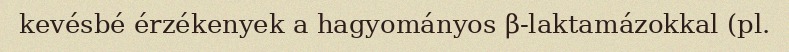
kevésbé érzékenyek a hagyományos β-laktamázokkal (pl.